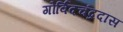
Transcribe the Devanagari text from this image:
गोर्विदचंद्रदास